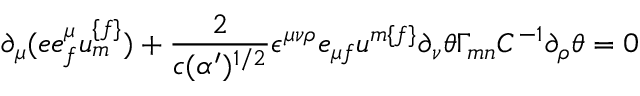
\partial _ { \mu } ( e e _ { { f } } ^ { \mu } u _ { { m } } ^ { { \{ f \} } } ) + { \frac { 2 } { c ( \alpha ^ { \prime } ) ^ { { 1 / 2 } } } } \epsilon ^ { \mu \nu \rho } e _ { \mu { f } } u ^ { { m \{ f \} } } \partial _ { \nu } \theta \Gamma _ { { m n } } C ^ { - { 1 } } \partial _ { \rho } \theta = 0